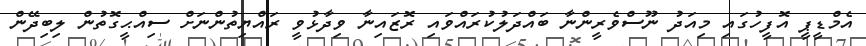
އެމްޑީޕީ އޮފީހުގައި މިއަދު ނޫސްވެރީންނާ ބައްދަލުކުރައްވައި ރޮޒައިނާ ވިދާޅުވީ ރައްޔިތުންނަށް ސިއްޙީގޮތުން ލިބިދޭން